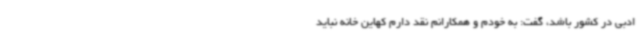
ادبی در کشور باشد، گفت: به خودم و همکارانم نقد دارم کهاین خانه نباید